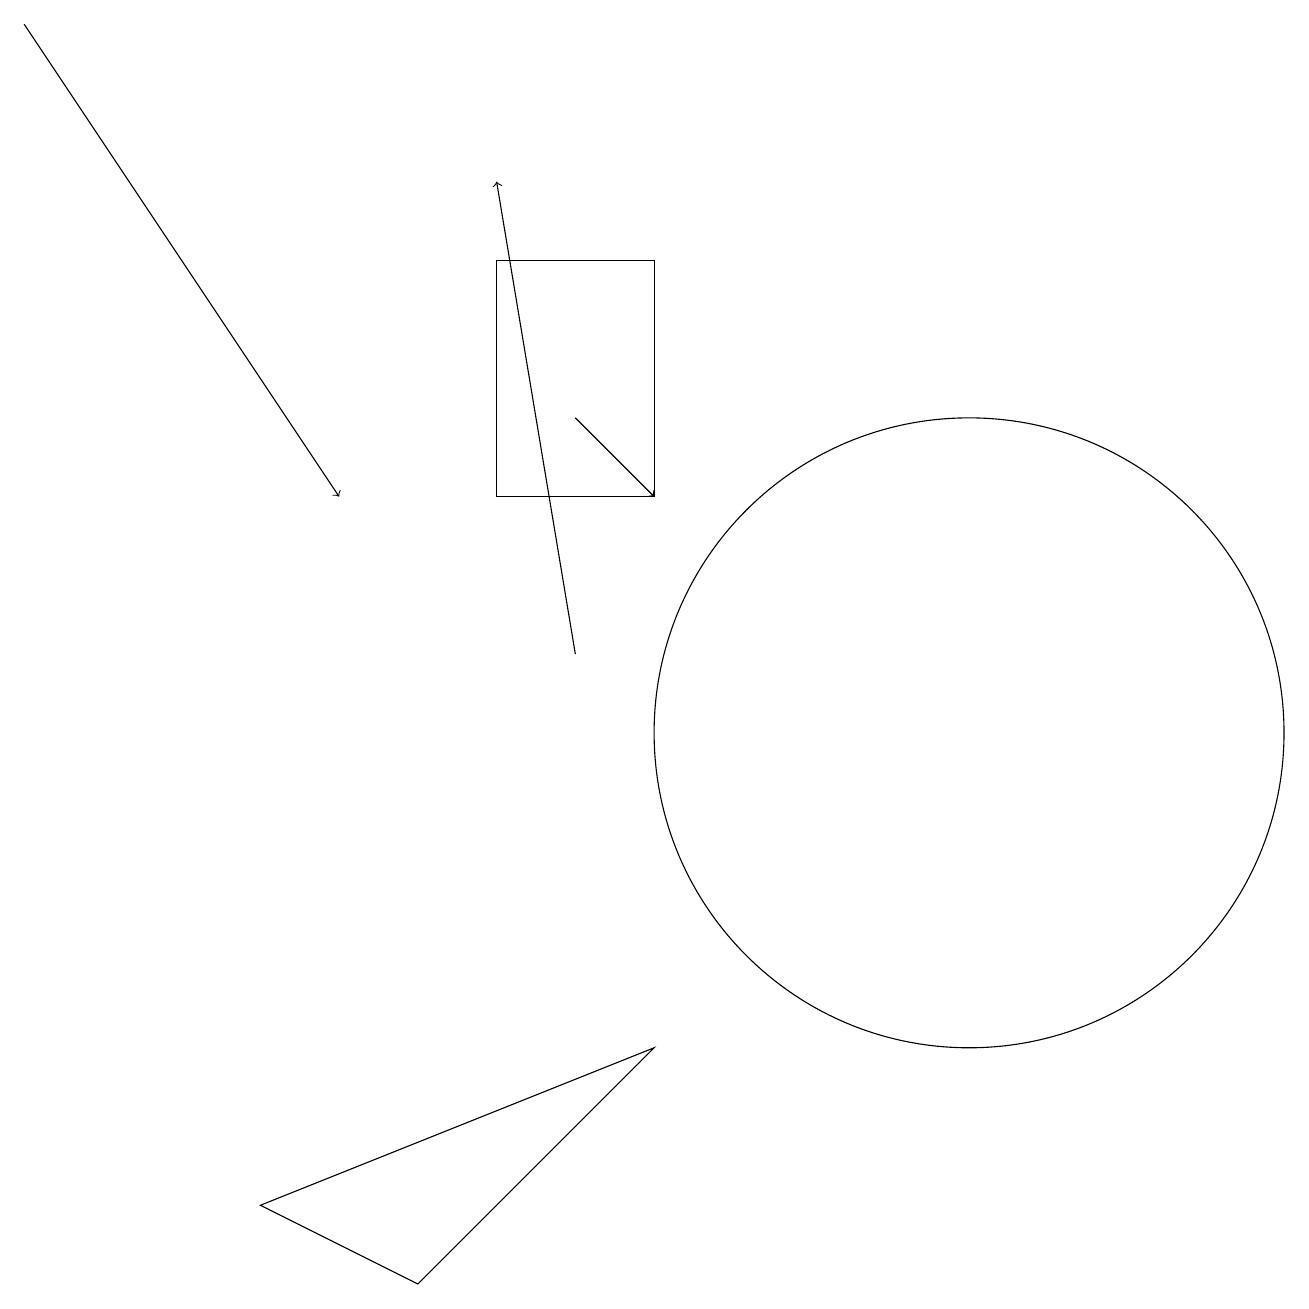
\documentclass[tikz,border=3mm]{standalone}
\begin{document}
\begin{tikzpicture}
\draw (5,3) -- (8,6) -- (3,4) -- cycle;
\draw[->] (0,19) -- (4,13);
\draw (8,16) rectangle (6,13);
\draw (12,10) circle (4);
\draw[->] (7,14) -- (8,13);
\draw[->] (7,11) -- (6,17);
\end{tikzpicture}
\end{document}